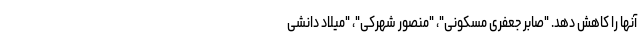
آنها را کاهش دهد. "صابر جعفری مسکونی"، "منصور شهرکی"، "میلاد دانشی